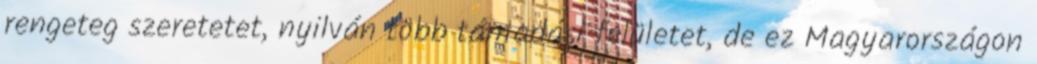
rengeteg szeretetet, nyilván több támadási felületet, de ez Magyarországon